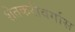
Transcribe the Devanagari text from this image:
शेतकरीवर्गास